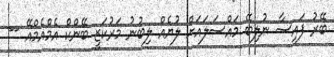
ބޭރު ފައިސާ ނުލިބޭ މައްސަލައަށް ލުޔެއް ލިބުނު މަރުކަޒީ ބޭންކް އެމްއެމްއޭ --